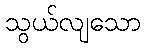
သွယ်လျသော